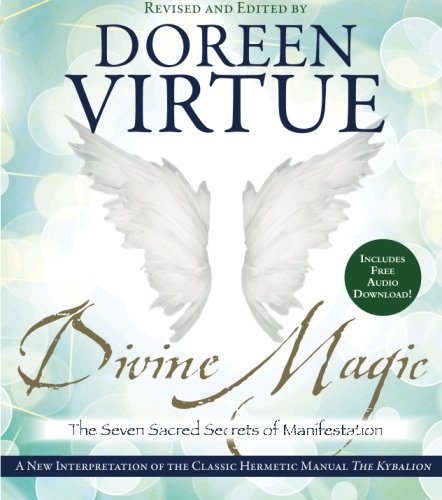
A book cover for Divine Magic: The Seven Sacred Secrets of Manifestation; Doreen Virtue; Religion & Spirituality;